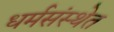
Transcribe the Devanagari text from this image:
धर्मसंस्थेत